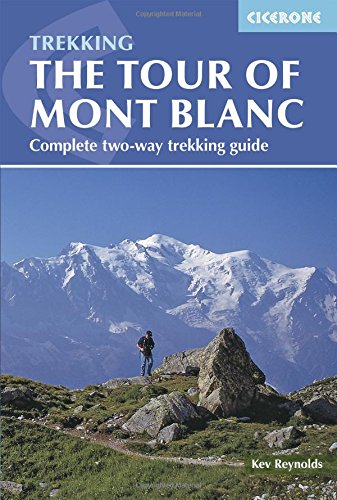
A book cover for The Tour of Mont Blanc: Complete two-way trekking guide; Kev Reynolds; Sports & Outdoors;